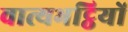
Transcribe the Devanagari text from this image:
वात्यभट्ठियों